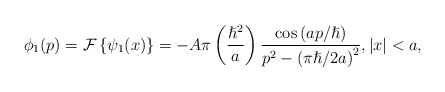
\begin{align*}\phi_{1}(p)=\mathcal{F}\left\{ \psi_{1}(x)\right\} =-A\pi\left(\frac{\hslash^{2}}{a}\right) \frac{\cos\left( ap/\hslash\right) }{p^{2}-\left( \pi\hslash/2a\right) ^{2}},\left\vert x\right\vert <a,\end{align*}